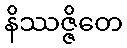
နိဿဇ္ဇိတေ